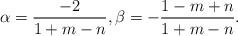
LaTeX: \begin{align*}\alpha = \frac{-2}{1+m-n}, \beta = - \frac{1-m+n}{1+m-n}. \end{align*}